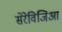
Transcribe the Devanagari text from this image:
सेरेविजिआ